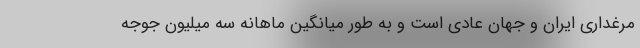
مرغداری ایران و جهان عادی است و به طور میانگین ماهانه سه میلیون جوجه